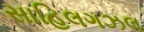
સાહિલગઝલ